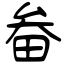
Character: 畚